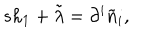
s h _ { 1 } + \tilde { \lambda } = \partial ^ { i } \tilde { n } _ { i } ,